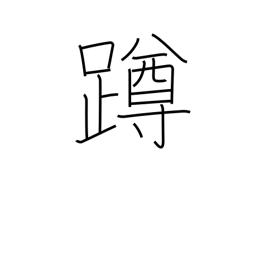
Meaning: squat